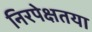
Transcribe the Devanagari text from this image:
निरपेक्षतया